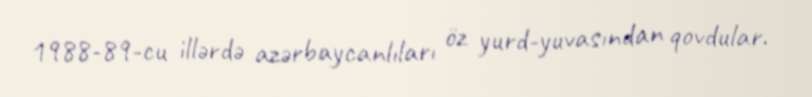
1988-89-cu illərdə azərbaycanlıları öz yurd-yuvasından qovdular.